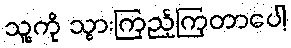
သူ့ကို သွားကြည့်ကြတာပေါ့